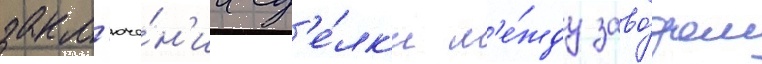
закл'юче́н'ии сд'е́лк'и м'е́жду заво́дом